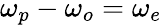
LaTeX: \omega_{p}-\omega_{o}=\omega_{e}